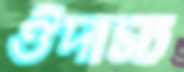
ঔদাস্য